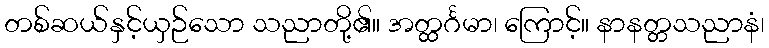
တစ်ဆယ်နှင့်ယှဉ်သော သညာတို့၏။ အတ္ထင်္ဂမာ၊ ကြောင့်။ နာနတ္တသညာနံ၊